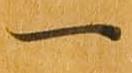
一